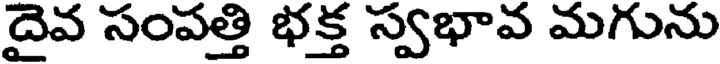
దైవ సంపత్తి భక్త స్వభావ మగును